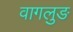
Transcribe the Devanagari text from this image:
वागलुङ